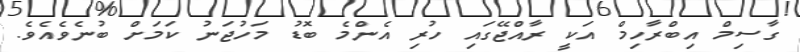
ގާސިމް އިބްރާހިމް އަކީ ރާއްޖޭގައި ހުރި އެންމެ ބޮޑު މަހުޖަނު ކަމަށް ބުނެވެއެވެ.